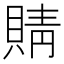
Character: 䝼